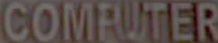
COMPUTER